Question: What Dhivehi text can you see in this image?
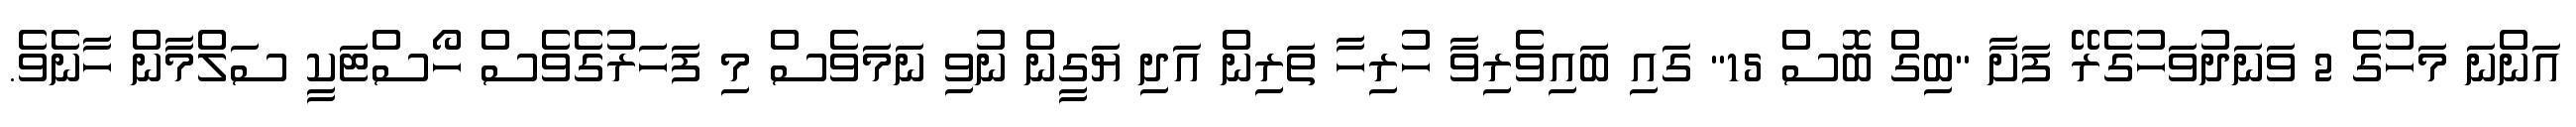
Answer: އަންނަ މަހުގެ 2 ވަނަދުވަހުގެރޭ ފަށާ "ބިގް ބޮސް 15" ގައި ބައިވެރިވާ ހުރިހާ ތަރިން އަދި ޔަގީން ނުވި ނަމަވެސް މި ފަހަރުގެވެސް ހޯސްޓަކީ ސަލްމާން ހާނެވެ.